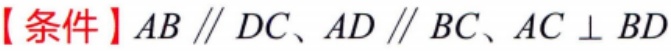
【条件】\(AB \parallel DC、AD \parallel BC、AC \perp BD\)